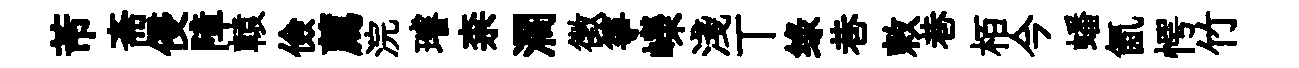
芾斋侵障轅儉薦浣璿柰濶徵箏嶸淺丅绿巷敕巷栢今蟠氤愕竹